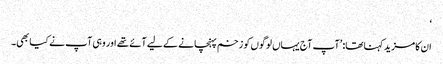
‘
ان کا مزید کہنا تھا: ’آپ آج یہاں لوگوں کو زخم پہنچانے کے لیے آئے تھے اور وہی آپ نے کیا بھی۔